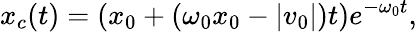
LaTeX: x_{c}(t)=\left(x_{0}+\left(\omega_{0}x_{0}-|v_{0}|\right)t\right)e^{-\omega_{0}t},